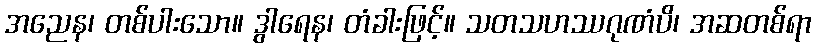
အညေန၊ တစ်ပါးသော။ ဒွါရေန၊ တံခါးဖြင့်။ သတသဟဿဂုဏံပိ၊ အဆတစ်ရာ